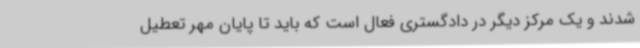
شدند و یک مرکز دیگر در دادگستری فعال است که باید تا پایان مهر تعطیل